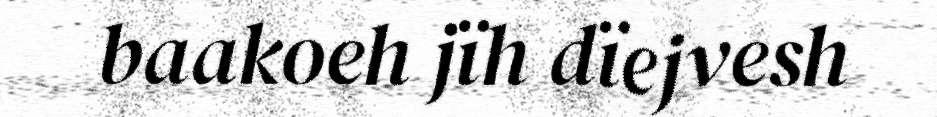
baakoeh jïh dïejvesh